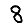
Digit: 8